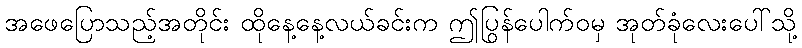
အဖေပြောသည့်အတိုင်း ထိုနေ့နေ့လယ်ခင်းက ဤပြွန်ပေါက်ဝမှ အုတ်ခုံလေးပေါ်သို့